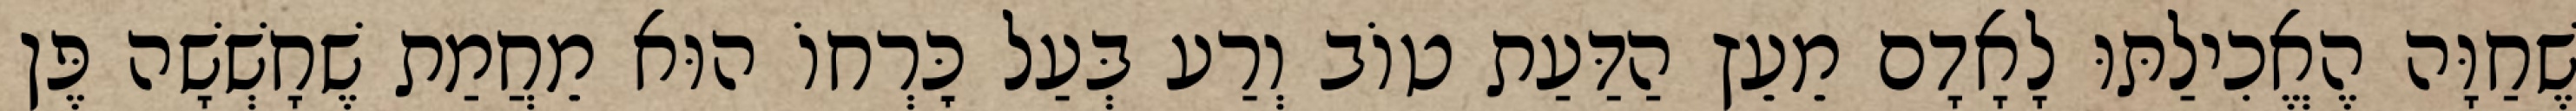
שֶׁחַוָּה הֶאֱכִילַתּוּ לָאָדָם מֵעֵץ הַדַּעַת טוֹב וְרַע בְּעַל כׇּרְחוֹ הוּא מֵחֲמַת שֶׁחָשְׁשָׁה פֶּן